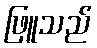
ဖြူသည်